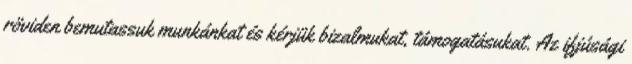
röviden bemutassuk munkánkat és kérjük bizalmukat, támogatásukat. Az ifjúsági